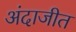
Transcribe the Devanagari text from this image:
अंदाजीत